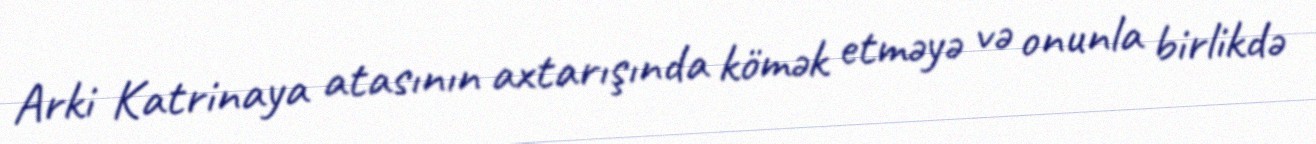
Arki Katrinaya atasının axtarışında kömək etməyə və onunla birlikdə